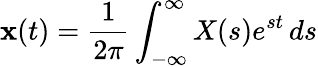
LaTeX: \mathbf{x}(t)={\frac{{1}}{{2\pi}}}\int_{-\infty}^{\infty}X(s)e^{st}\, ds